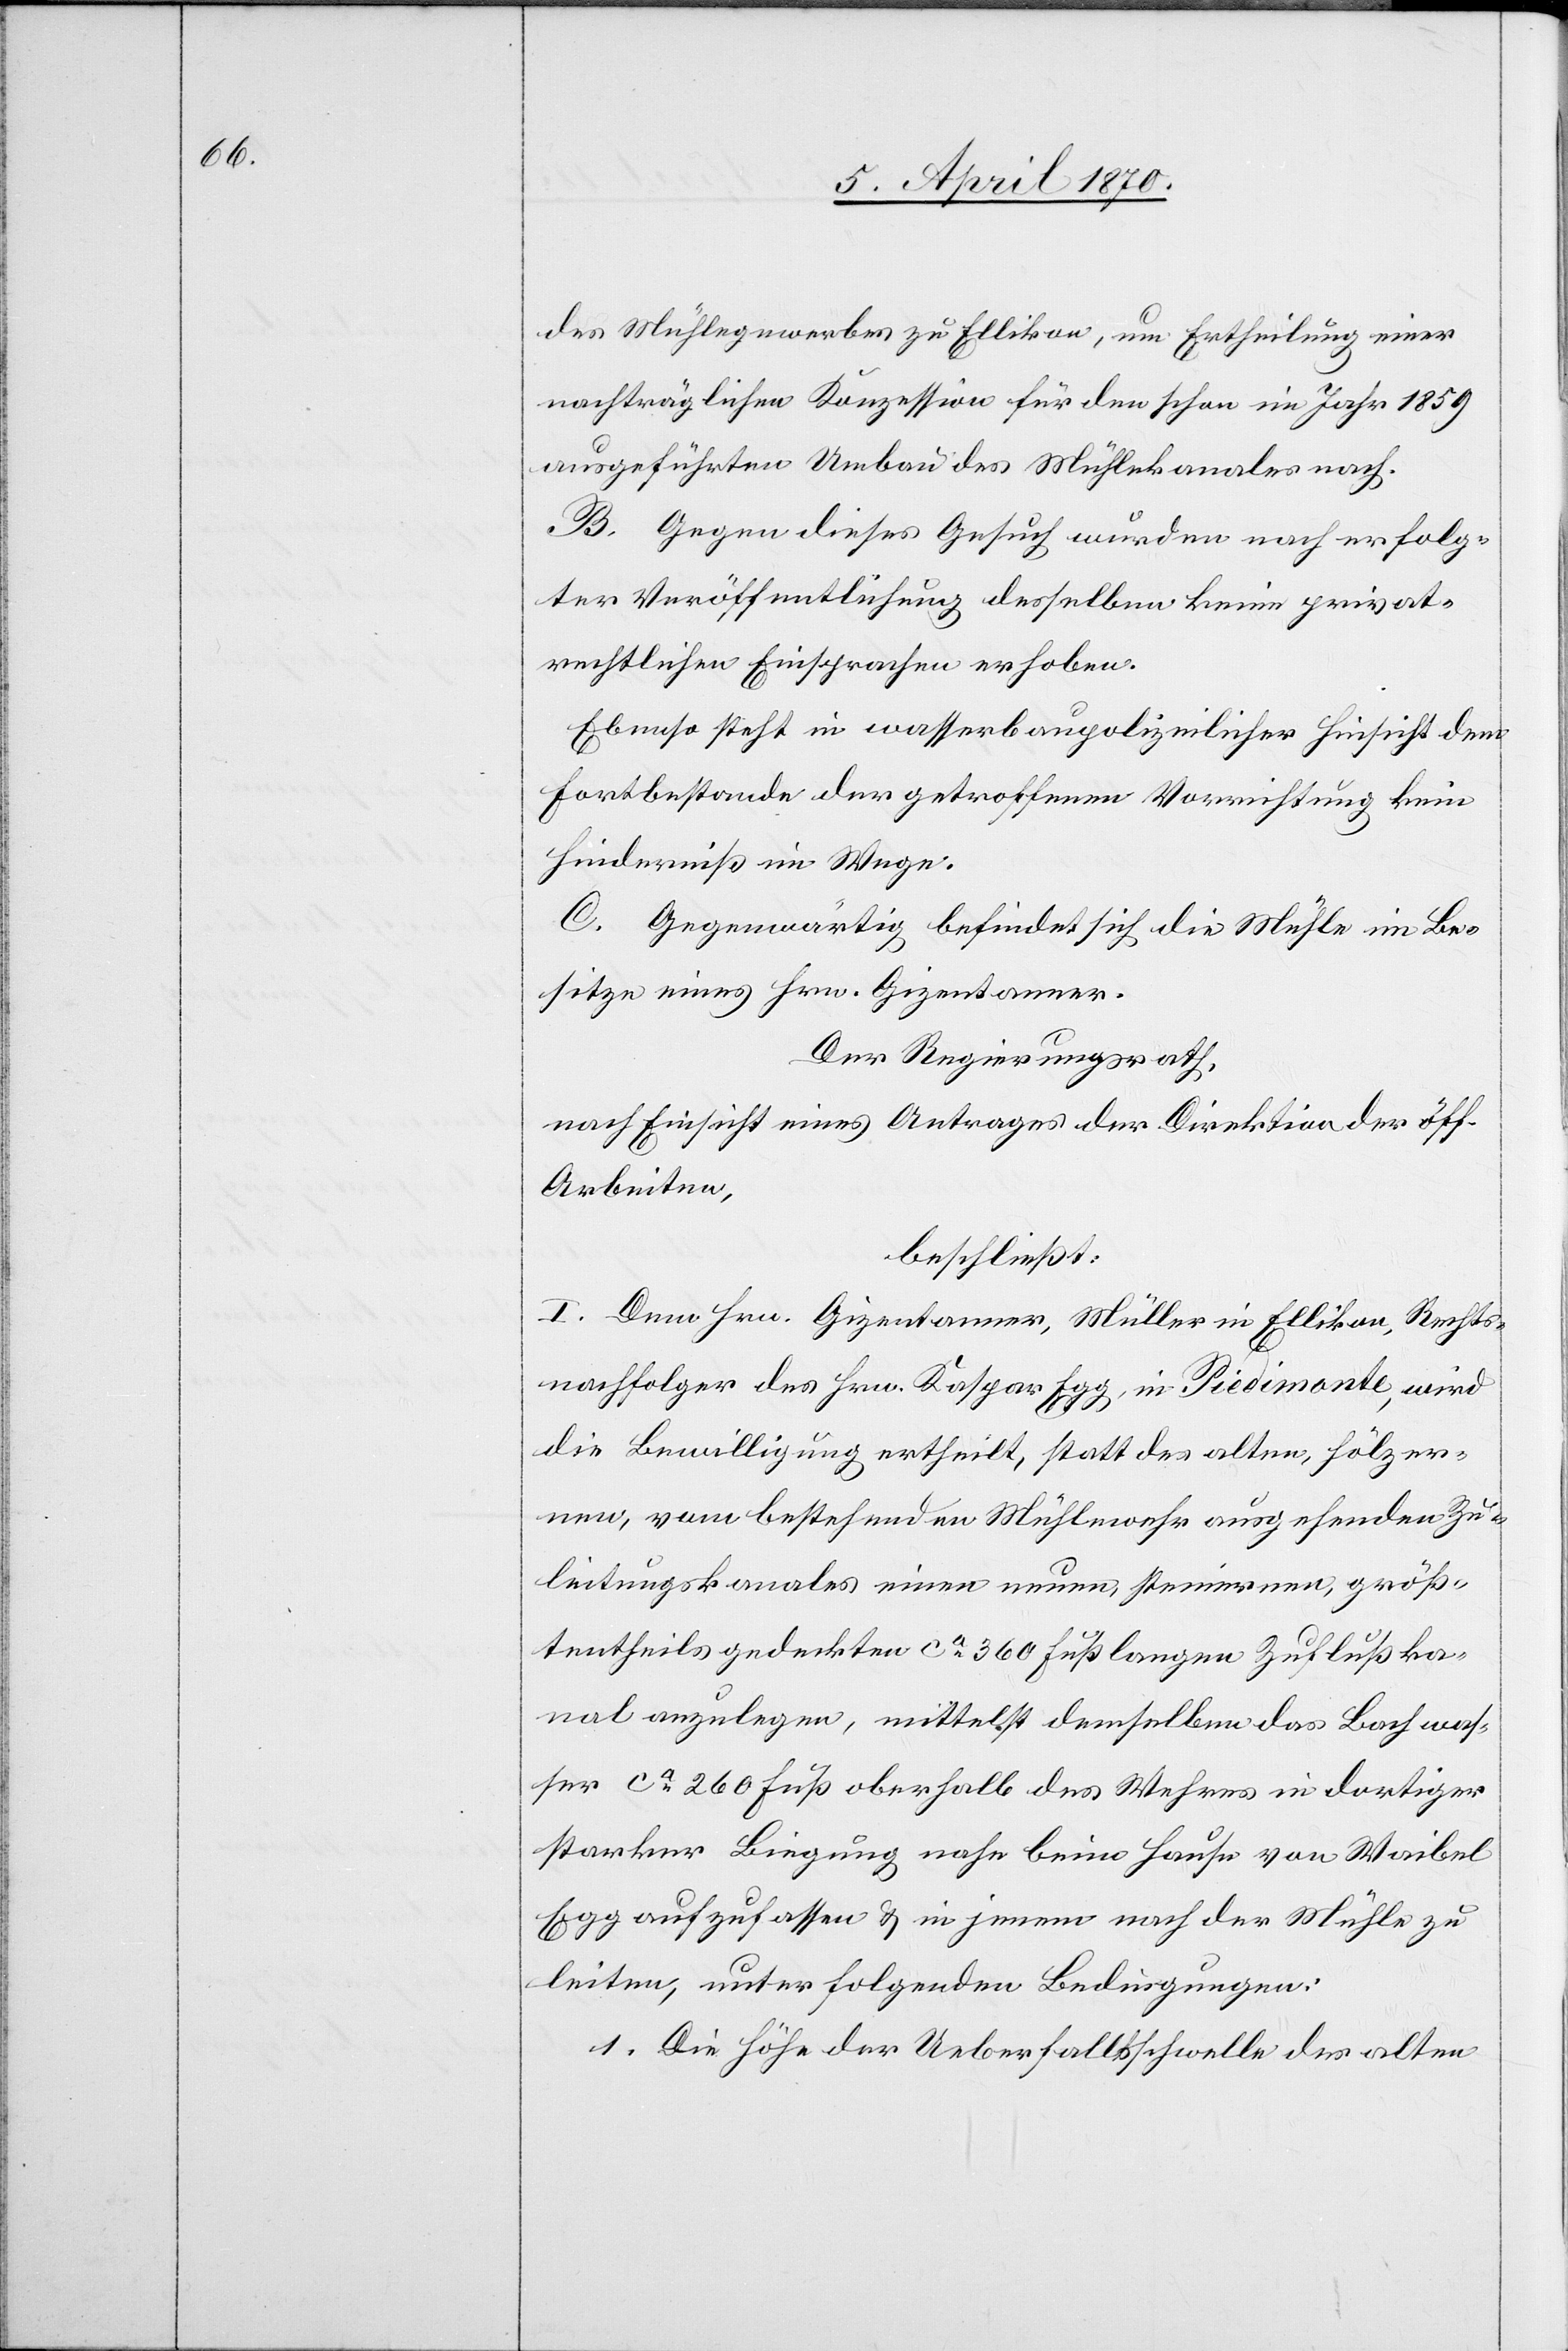
des Mühlegewerbes zu Ellikon, um Ertheilung einer
nachträglichen Konzession für den schon im Jahr 1859
ausgeführten Umbau des Mühlekanales nach.
B. Gegen dieses Gesuch wurden nach erfolg¬
ter Veröffentlichung desselben keine privat¬
rechtlichen Einsprachen erhoben.
Ebenso steht in wasserbaupolizeilicher Hinsicht dem
Fortbestande der getroffenen Vorrichtung kein
Hinderniß im Wege.
C. Gegenwärtig befindet sich die Mühle im Be¬
sitze eines Hrn. Gizentanner.
Der Regierungsrath,
nach Einsicht eines Antrages der Direktion der öff.
Arbeiten,
beschließt:
I. Dem Hrn. Gizentanner, Müller in Ellikon, Rechts¬
nachfolger des Hrn. Kaspar Egg, in Piedimonte [sic!], wird
die Bewilligung ertheilt, statt des alten, hölzer¬
nen, vom bestehenden Mühlewehr ausgehenden Zu¬
leitungskanales einen neuen, steinernen, größ¬
tentheils gedeckten ca 360 Fuß langen Zuflußka¬
nal anzulegen, mittelst demselben das Bachwas¬
ser ca 260 Fuß oberhalb des Wehres in dortiger
starker Biegung nahe beim Hause von Waibel
Egg aufzufassen & in jenem nach der Mühle zu
leiten, unter folgenden Bedingungen:
1. Die Höhe der Ueberfallsschwelle des alten